Insane asylums Bombay 1873-77 - 1873-1877
Year: 1873
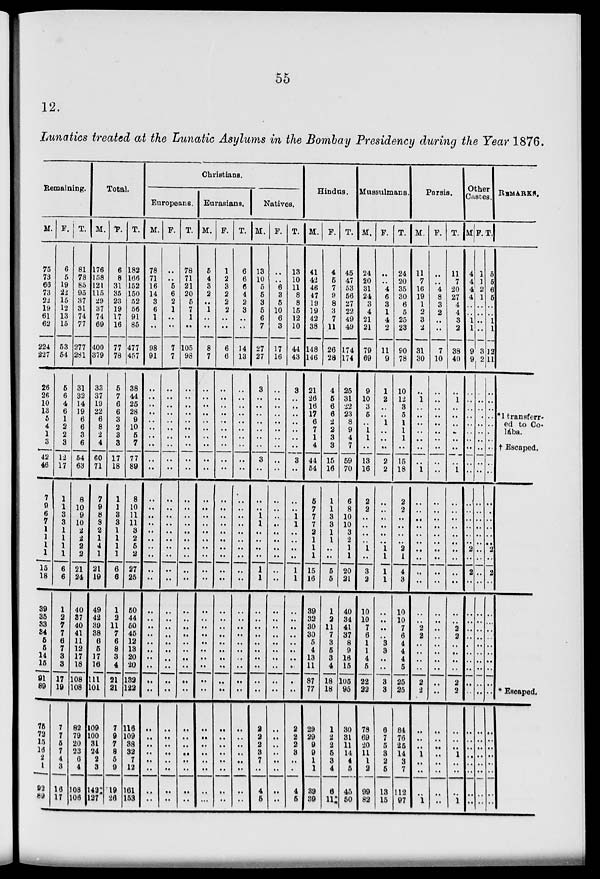
55
12.
Lunatics treated at the Lunatic Asylums in the Bombay Presidency during the Year 1876.
Remaining.
M.
75
73
66
73
22
19
61
62
224
227
26
26
10
13
5
4
1
3
42
46
7
9
6
7
1
1
1
1
15
18
39
35
33
34
5
5
14
15
91
89
75
73
15
16
2
1
92
89
F.
6
5
19
22
15
12
13
15
53
54
5
6
4
6
1
2
2
3
12
17
1
1
3
3
1
1
1
1
6
6
1
2
7
7
6
7
3
3
17
19
7
7
5
7
4
3
16
17
T.
81
78
85
95
37
31
74
77
277
281
31
32
14
19
6
6
3
6
54
63
8
10
9
10
2
2
2
2
21
24
40
37
40
41
11
12
17
18
108
108
82
79
20
23
6
4
108
106
Total.
M.
176
158
121
115
29
37
74
69
400
379
33
37
19
22
6
8
2
4
60
71
7
9
8
8
2
1
4
1
21
19
49
42
39
38
6
5
17
16
111
101
109
100
31
24
2
3
142
127
F.
6
8
31
35
23
19
17
16
77
78
5
7
6
6
3
2
3
3
17
18
1
1
3
3
1
1
1
1
6
6
1
2
11
7
6
8
3
4
21
21
7
9
7
8
5
9
19
26
T.
182
166
152
150
52
56
91
85
477
457
38
44
25
28
9
10
5
7
77
89
8
10
11
11
3
2
5
2
27
25
50
44
50
45
12
13
20
20
132
122
116
109
38
32
7
12
161
153
Christians.
Europeans.
M.
78
71
16
14
3
6
1
..
98
91
..
..
..
..
..
..
..
..
..
..
..
..
..
..
..
..
..
..
..
..
..
..
..
..
..
..
..
..
..
..
..
..
..
..
..
..
..
..
F.
..
..
5
6
2
1
..
..
7
7
..
..
..
..
..
..
..
..
..
..
..
..
..
..
..
..
..
..
..
..
..
..
..
..
..
..
..
..
..
..
..
..
..
..
..
..
..
..
T.
78
71
21
20
5
7
1
..
105
98
..
..
..
..
..
..
..
..
..
..
..
..
..
..
..
..
..
..
..
..
..
..
..
..
..
..
..
..
..
..
..
..
..
..
..
..
..
..
Eurasians.
M.
5
4
3
2
..
1
..
..
8
7
..
..
..
..
..
..
..
..
..
..
..
..
..
..
..
..
..
..
..
..
..
..
..
..
..
..
..
..
..
..
..
..
..
..
..
..
..
..
F.
1
2
3
2
2
2
..
..
6
6
..
..
..
..
..
..
..
..
..
..
..
..
..
..
..
..
..
..
..
..
..
..
..
..
..
..
..
..
..
..
..
..
..
..
..
..
..
..
T.
6
6
6
4
2
3
..
..
14
13
..
..
..
..
..
..
..
..
..
..
..
..
..
..
..
..
..
..
..
..
..
..
..
..
..
..
..
..
..
..
..
..
..
..
..
..
..
..
Natives.
M.
13
10
5
5
3
5
6
7
27
27
3
..
..
..
..
..
..
..
3
..
..
..
1
1
..
..
..
..
1
1
..
..
..
..
..
..
..
..
..
..
2
2
2
3
7
..
4
5
F.
..
..
6
3
5
10
6
3
17
16
..
..
..
..
..
..
..
..
..
..
..
..
..
..
..
..
..
..
..
..
..
..
..
..
..
..
..
..
..
..
..
..
..
..
..
..
..
..
T.
13
10
11
8
8
15
12
10
44
43
3
..
..
..
..
..
..
3
..
..
..
1
1
..
..
..
..
1
1
..
..
..
..
..
..
..
..
..
..
2
2
2
3
..
..
4
5
Hindus.
M.
41
42
46
47
19
19
42
38
148
146
21
26
16
17
6
7
1
4
44
54
5
7
7
7
2
1
1
1
15
16
39
32
30
30
5
4
13
11
87
77
29
29
9
9
1
1
39
39
F.
4
5
7
9
8
3
7
11
26
28
4
5
6
6
2
2
3
3
15
16
1
1
3
3
1
1
..
..
5
5
1
2
11
7
3
5
3
4
18
18
1
2
2
5
3
4
6
11
T.
45
47
53
56
27
22
49
49
174
174
25
31
22
23
8
9
4
7
59
70
6
8
10
10
3
2
1
1
20
21
40
34
41
37
8
9
16
15
105
95
30
31
11
14
4
5
45
50
Mussulmans.
M.
24
20
31
24
3
4
21
21
79
69
9
10
3
5
..
1
1
..
13
16
2
2
..
..
..
..
1
..
3
2
10
10
7
6
1
1
4
5
22
22
78
69
20
11
1
2
99
82
F.
..
..
4
6
3
1
4
2
11
9
1
2
..
..
1
..
..
..
2
2
..
..
..
..
..
..
1
1
1
1
..
..
..
..
3
3
..
..
3
3
6
7
5
3
2
5
13
15
T.
24
20
35
30
6
5
25
23
90
78
10
12
3
5
1
1
1
..
15
18
2
2
..
..
..
..
2
1
4
3
10
10
7
6
4
4
4
5
25
25
84
76
25
14
3
7
112
97
Parsis.
M.
11
7
16
19
1
2
3
2
31
30
..
1
..
..
..
..
..
..
..
1
..
..
..
..
..
..
..
..
..
..
..
..
2
2
..
..
..
..
2
2
..
..
..
1
..
..
..
1
F.
..
..
4
8
3
2
..
..
7
10
..
..
..
..
..
..
..
..
..
..
..
..
..
..
..
..
..
..
..
..
..
..
..
..
..
..
..
..
..
..
..
..
..
..
..
..
..
..
T.
11
7
20
27
4
4
3
2
38
40
..
1
..
..
..
..
..
..
..
1
..
..
..
..
..
..
..
..
..
..
..
..
2
2
..
..
..
..
2
2
..
..
..
1
..
..
..
1
Other
Castes.
M
4
4
4
4
..
..
1
1
9
9
..
..
..
..
..
..
..
..
..
..
..
..
..
..
..
..
2
..
2
..
..
..
..
..
..
..
..
..
..
..
..
..
..
..
..
..
..
..
F.
1
1
2
1
..
..
..
..
3
2
..
..
..
..
..
..
..
..
..
..
..
..
..
..
..
..
..
..
..
..
..
..
..
..
..
..
..
..
..
..
..
..
..
..
..
..
..
..
T.
5
5
6
5
..
..
1
1
12
11
..
..
..
..
..
..
..
..
..
..
..
..
..
..
..
..
2
..
2
..
..
..
..
..
..
..
..
..
..
..
..
..
..
..
..
..
..
..
REMARKS.
*1 transferr-
ed to Co-
laba.
† Escaped.
* Escaped.